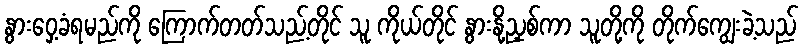
နွားဝှေ့ခံရမည်ကို ကြောက်တတ်သည့်တိုင် သူ ကိုယ်တိုင် နွားနို့ညှစ်ကာ သူတို့ကို တိုက်ကျွေးခဲ့သည်